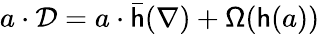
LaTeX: a\cdot{\mathcal{D}}=a\cdot{\bar{\mathsf{h}}}(\nabla)+{\mathsf{\Omega}}({\mathsf{h}}(a))